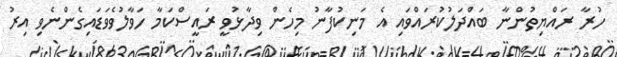
ހުރާ ރައްޔިތުންނާ ބައްދަލުކުރައްވައި އެ މަނިކުފާނު މިހެން ވިދާޅުވީ ރައީސްކަމާ ހަވާލުވެވަޑައިގެންނެވި އިރު